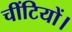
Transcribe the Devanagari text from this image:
चींटियों।